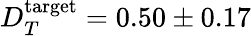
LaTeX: D_{T}^{\mathrm{target}}=0.50\pm 0.17